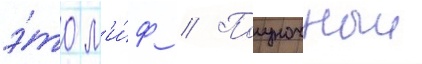
э́то м'и́ф // Полуночныи